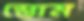
স্তোম